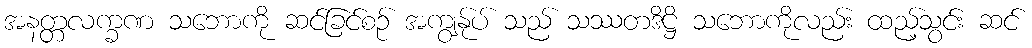
အနတ္တလက္ခဏ သဘောကို ဆင်ခြင်စဉ် အကျွန်ုပ် သည် သဿတဒိဋ္ဌိ သဘောကိုလည်း ထည့်သွင်း ဆင်